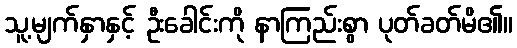
သူ့မျက်နှာနှင့် ဦးခေါင်းကို နာကြည်းစွာ ပုတ်ခတ်မိ၏။